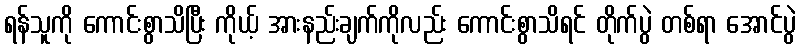
ရန်သူကို ကောင်းစွာသိပြီး ကိုယ့် အားနည်းချက်ကိုလည်း ကောင်းစွာသိရင် တိုက်ပွဲ တစ်ရာ အောင်ပွဲ